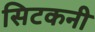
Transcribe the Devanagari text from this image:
सिटकनी